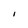
Character: I